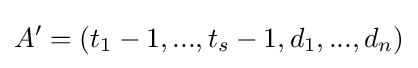
A'=(t_{1}-1,...,t_{s}-1,d_{1},...,d_{n})